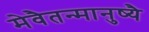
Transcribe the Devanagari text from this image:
मेवैतन्मानुष्यै